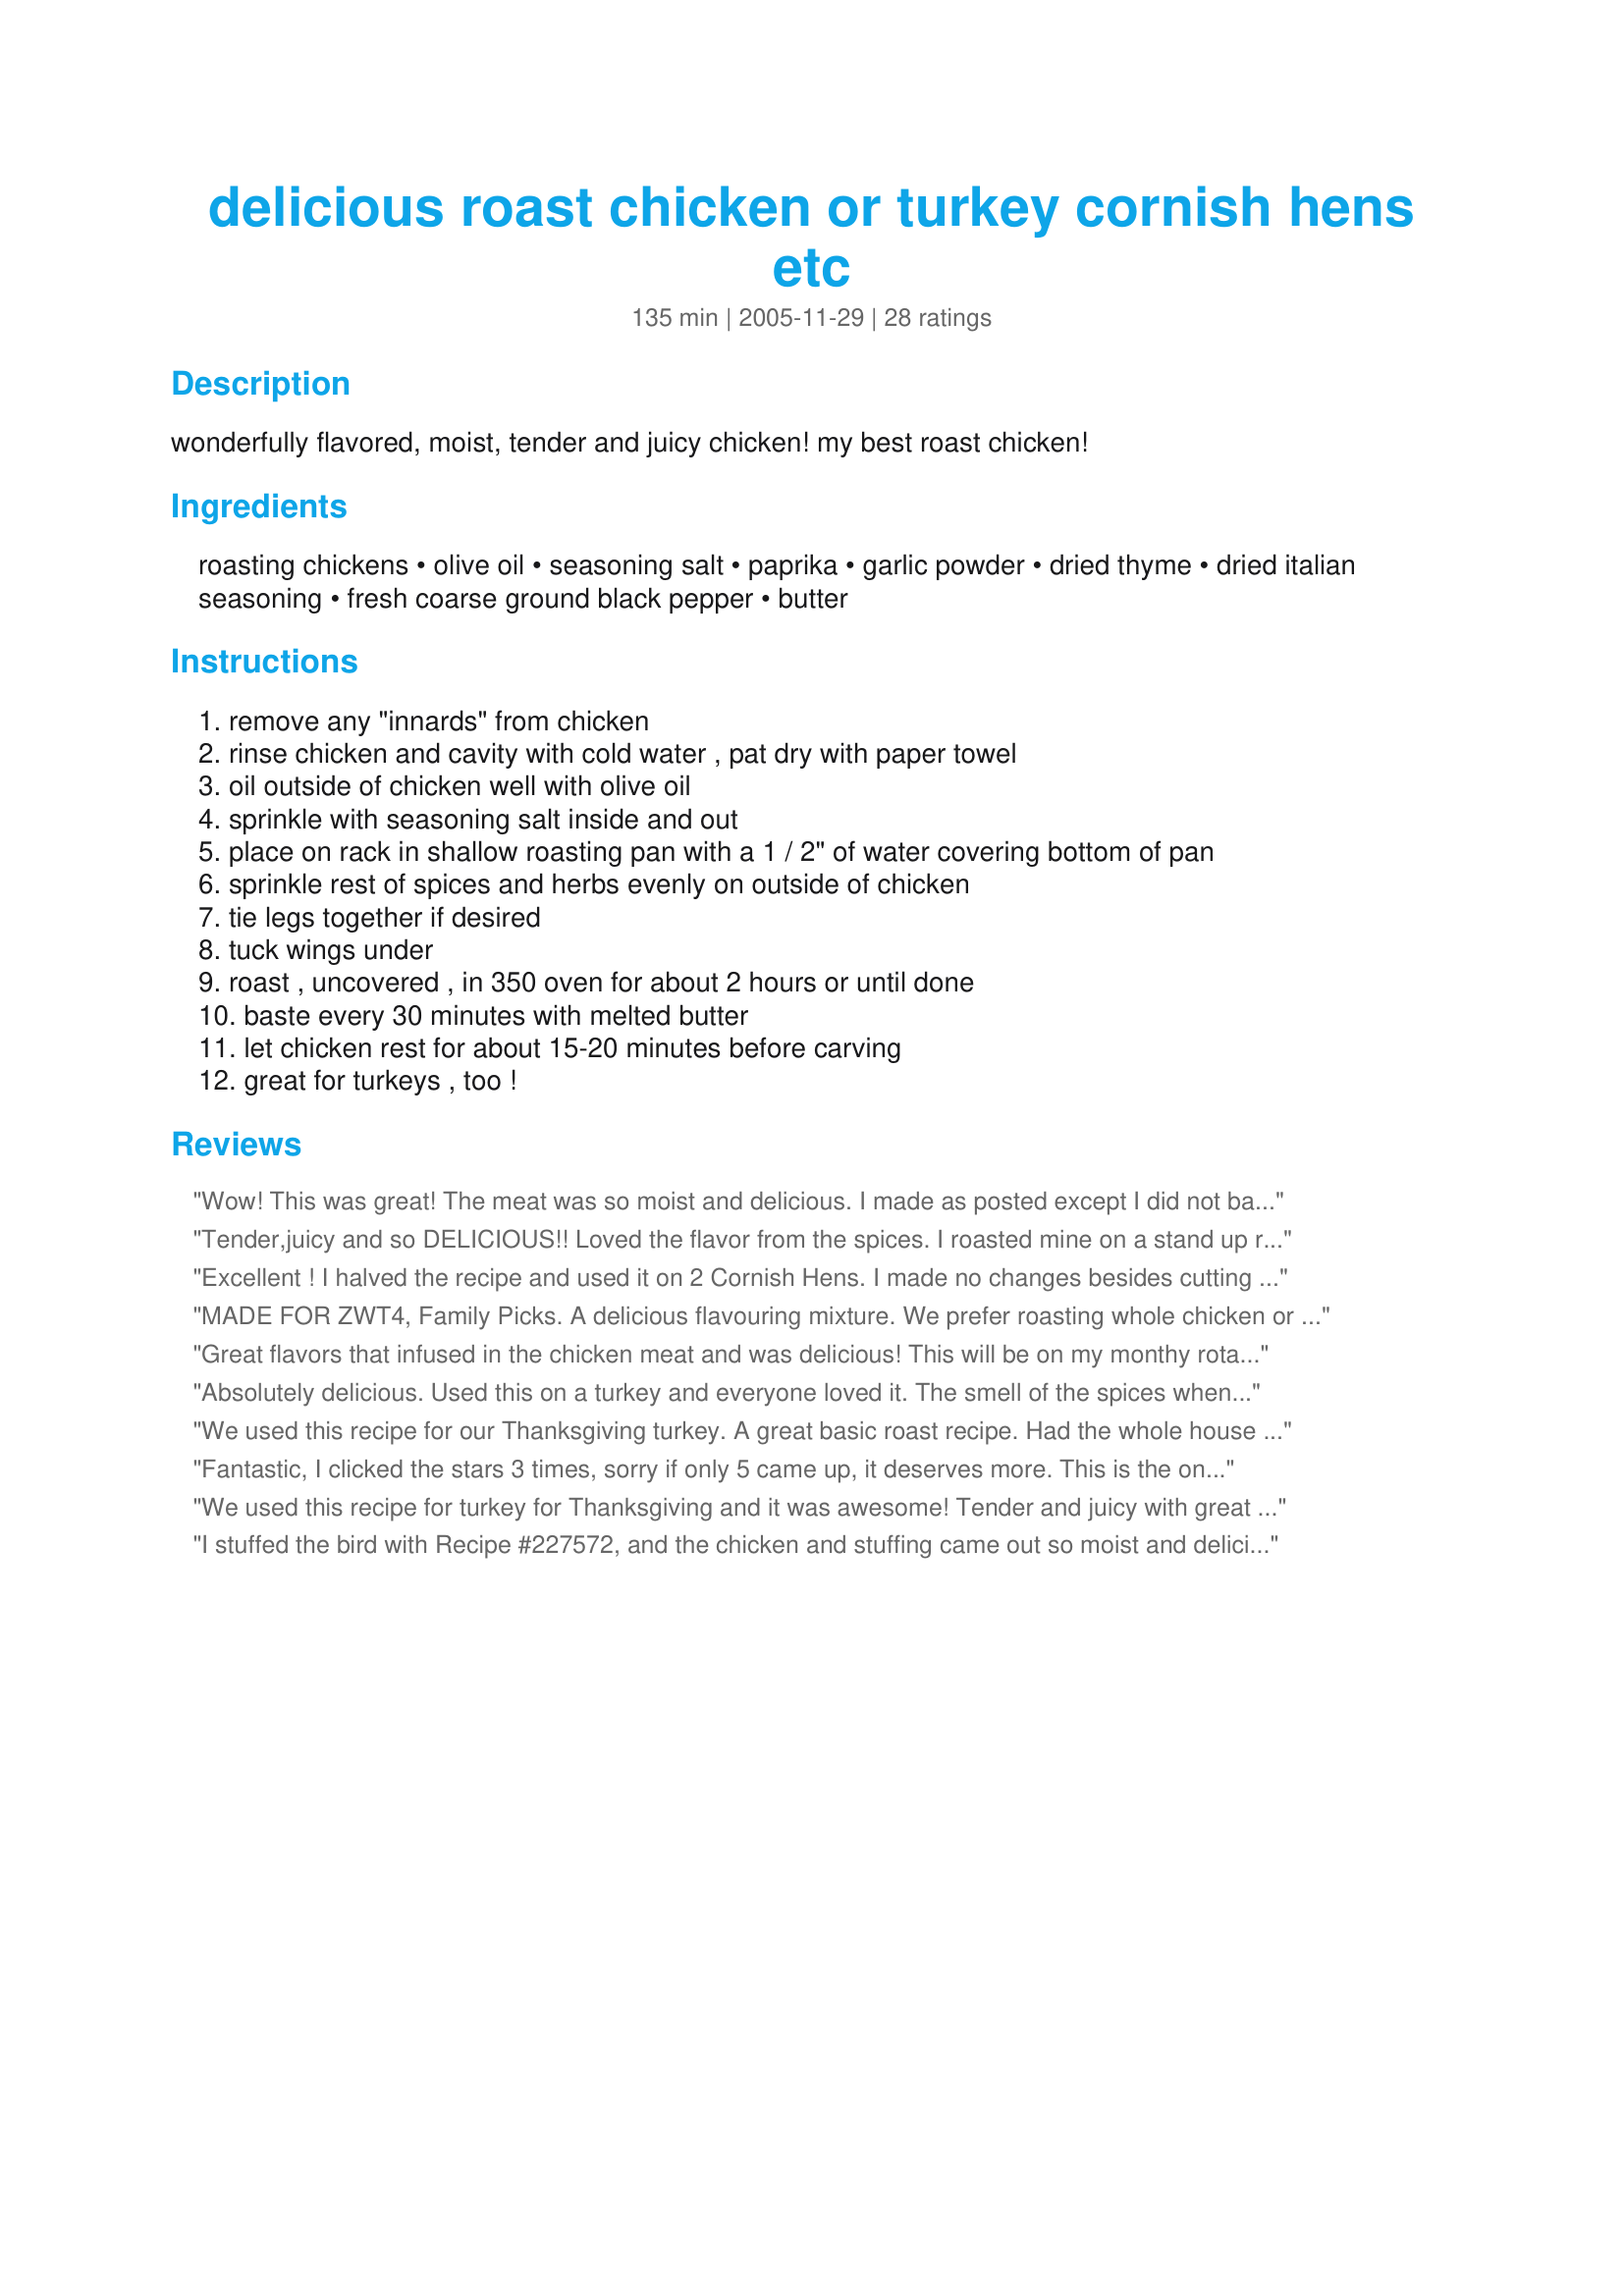
delicious roast chicken or turkey cornish hens etc
Preparation time: 135 minutes

wonderfully flavored, moist, tender and juicy chicken! my best roast chicken!

Ingredients:
roasting chickens, olive oil, seasoning salt, paprika, garlic powder, dried thyme, dried italian seasoning, fresh coarse ground black pepper, butter

Steps:
remove any "innards" from chicken
rinse chicken and cavity with cold water , pat dry with paper towel
oil outside of chicken well with olive oil
sprinkle with seasoning salt inside and out
place on rack in shallow roasting pan with a 1 / 2" of water covering bottom of pan
sprinkle rest of spices and herbs evenly on outside of chicken
tie legs together if desired
tuck wings under
roast , uncovered , in 350 oven for about 2 hours or until done
baste every 30 minutes with melted butter
let chicken rest for about 15-20 minutes before carving
great for turkeys , too !

Reviews:
Wow! This was great! The meat was so moist and delicious. I made as posted except I did not baste with the butter ~ I just waited until there were juices in the pan and basted with those. I have a recipe for roast chicken that I use all the time but this may become my new favorite. I hope that more people give it a try ~ it's great for a Sunday meal or anytime a special dinner is on the menu. Thanks for posting a keeper!
Tender,juicy and so DELICIOUS!! Loved the flavor from the spices. 
I roasted mine on a stand up rack that my DH had gotten me a few years ago and baked it for 1 1/2 hrs at 375' (went by weight of my chicken). I also didn't have any Thyme so I sub with Basil. Thanks so much for sharing your best roast chicken recipe! Its a keeper!
Excellent ! I halved the recipe and used it on 2 Cornish Hens. I made no changes besides cutting the cooking time. Will certainly make this dish again. Thanks for sharing.
MADE FOR ZWT4, Family Picks. A delicious flavouring mixture. We prefer roasting whole chicken or chicken pieces (DH dislikes skinless breasts!) and I always flavour my chickens well. I've seldom thought of using paprika, which gives a lovely reddish colour. I don't know Johnnie's seasoning salt, so used a local seasoning salt. My chicken was half the size of the one in your recipe, so I used less butter -- but I mixed the same amount of herbs and spices, and also spiced the cavity. My chicckie was a real, plump, organic, free-range one, and was very juicy: we both had the best bits -- the legs and wings!! Thanks -- a very good seasoning mixture!
Great flavors that infused in the chicken meat and was delicious! This will be on my monthy rotation now!
Absolutely delicious. Used this on a turkey and everyone loved it. The smell of the spices when I first put it in the oven nearly drove me crazy it smelled so good! Next time I will try injecting some of it under the skin to keep more of the flavor when I carve it up.
We used this recipe for our Thanksgiving turkey. A great basic roast recipe. Had the whole house smelling fantastic! Took a lot longer to roast with stuffing in the middle, but I think the stuffing also kept the bird really moist. I agree with other reviewers about maybe injecting some of the flavor under the skin. Thanks for a great recipe, can't wait to try it on chickens!
Fantastic, I clicked the stars 3 times, sorry if only 5 came up, it deserves more. This is the only recipe for roasting chicken I now use. I like the big fat 5# and over chickens and this is a perfect recipe. I have used this recipe many times and just realized I hadn't rated, so sorry. Thanks for sharing
We used this recipe for turkey for Thanksgiving and it was awesome! Tender and juicy with great flavor!
I stuffed the bird with Recipe #227572, and the chicken and stuffing came out so moist and delicious! I baked at 350 for 2 1/2 hours. and it turned out wonderfully!
Very flavorful and moist. I cut the thyme in half (personal preference) and added lemon pepper. Will make again for sure -It was delicious! Thanks for a great recipe!
Fantastic recipe! I have made cornish hens and full-size roast chicken with this recipe, and think they have all turned out delicious and tender.
I made this tonight and it was deliciously moist and full of flavor!!! Thank you for sharing this wonderful recipe! The whole chicken I used was 4.6 pounds and required the full 2 hours of baking time to get to an internal temp of 180. The leftover carcass will be made into stock for soup. For those of you who have never made your own stock from chicken bones, it's so easy and delicious! I recommend Recipe #55282.
This was an excellent recipe and I enjoyed it, Thank You so much, one of the best!!!
I made this today. I used a whole chicken. Tasty and easy. I didn't pay attention to the amounts of seasoning. But the combination was really good. Made for ZWT5
Loved it. . .and so easy! My bird was just over 4 lbs and was done at 1 hr 15 min (I think my oven may run hot). I made it as written, but added lemon pepper to the outside and some fresh lemon thyme, fresh basil and 1/2 a lemon (sliced) to the inside. Fabulous crispy skin and great flavor to the wing I just finished munching on. I am gonna use this today to make Recipe #337102 for my DH and DS who have seem to come down with colds. Made for ZWT5 for a fellow teammate. THANKS
Used this recipe on cornish hens and it was delicous! I will use this again!!
Perfection!
Im a grad student just learning to cook. Everytime I cook chicken it ends up being dry. I used this recipe with a cornish hen. AMAZING. Tender, Juicy, would do anytime.
This deserves more stars then this site can muster! Was my chicken delicious! Moist and tender and the flavors were excellent!
Great made a chicken. It was moist and deliciioyus can't wait for a duck to do.<br/>update: I did that duck, and had the whole house smelling fantastic! I agree with other reviewers about maybe injecting some of the flavor under the skin. Thanks for a great recipe,<br/>Wildflour!!!! I will be using this again a lot!!!!!!!!! THANK YOU !!! I can do the happy food dance!! NOW !! You get good Tips and Hints or two, to Note here. There are some great chefs here on Zaar, and you are one of the best!
Great made a turkey. It was moist and deliciioyus can't wait for a chicken. Did add some lemon pepper as well.
We all thought this was great! Served it with potatoes and broccoli. Thanks for the recipe!
This was DELICOUS!! Moist & full of flavor. I made this recipe for dinner last night and my boys along with 2 of their friends gobbled it right up. They kept saying how juicy and tasy the chicken was. Thanks for the great recipe. I will be making this frequently.
I have made this recipe two times. I just had to write a review, this is the best cornish hen I have ever had. It comes out perfect everytime. Thanks for posting it.
Oh my gosh this was soooooooo delicious. I was scared at first that the seasoning will be to strong, but I was so wrong. I did change somethings...I used two regular chickens and put pats of butter inside of the chicken. Also I put the chickens in an oven bag instead of basting. Great recipe Wildflour!!!!
Wow!!! It is just like the name says, very delicious!!! I had a 4 lb chicken and decided to roast it on the grill, oh my so yummy!!! I didn't cook it as long as it was smaller and cooked quicker. I didn't have the type of seasoning salt you mentioned, so used Lawry's and just used oregano for the Italian seasoning and opted to baste with the butter. Next I will plan to make a delicious gravy from the juices. Thanks Wildflour for a great recipe!!! Made for ZWT4.
I used this recipe for my very first turkey dinner. It was delicious. Thanks for posting!
